Black-water fever - Number 35
Disease focus: Fever
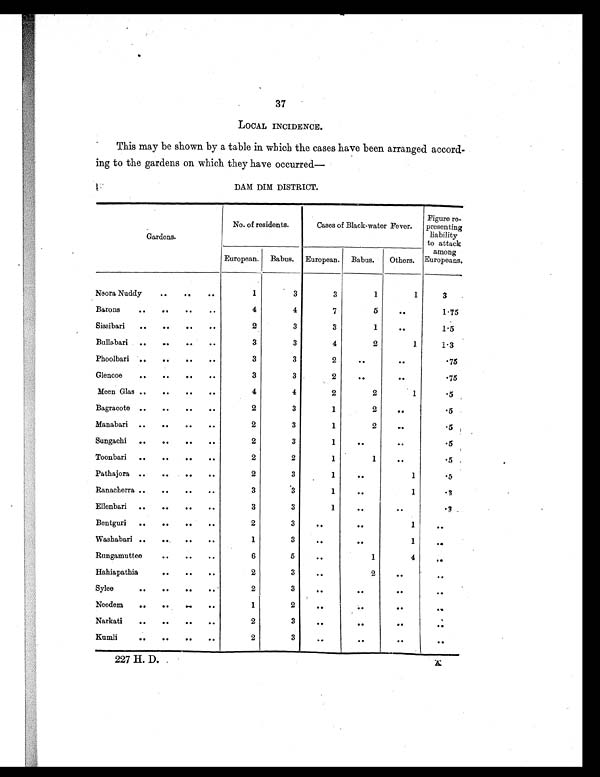
37
LOCAL INCIDENCE.
This may be shown by a table in which the cases have been arranged accord-
ing to the gardens on which they have occurred
—
DAM DIM DISTRICT.
Gardens.
No. of residents.
Cases of Black-water Fever.
Figure re-
presenting
liability
to attack
among
Europeans.
European. Babus. European. Babus.
Others.
Neora Nuddy
. .
. .
. .
1
3
3
1
1
3
Barons
. . .
. .
. .
. .
4
4
7
5
. .
1.75
Sissibari
. .
. .
. .
. .
2
3
3
1
. .
1.5
Bullabari ..
..
. .
. .
3
3
4
2
1
1.3
Phoolbari
. . ..
. .
. .
3
3
2
. .
. .
.75
Glencoe
. .
..
. .
. .
3
3
2
..
. .
.75
Meen Glas ..
..
. .
. .
4
4
2
2
1
.5
Bagracote ..
..
. .
. .
2
3
1
2
..
.5
Manabari ..
. .
. .
. .
2
3
1
2
. .
.5
Sungachi ..
..
. .
. .
2
3
1
..
..
.5
Toonbari ..
. .
. .
. .
2
2
1
1
. .
.5
Pathajora ..
..
. .
. .
2
3
1
. .
1
.5
Ranacherra ..
. .
. .
..
3
3
1
. .
1
.3
Ellenbari ..
..
. .
. .
3
3
1
. .
. .
.3
Bentguri
..
. .
. .
. .
2
3
. . ..
1
. .
Washabari ..
. .
. .
. .
1
3
. .
. .
1
. .
Rungamuttee
. .
. .
. .
6
5
. .
1
4
. .
Hahiapathia
. .
. .
. .
2
3
. .
2
. .
. .
Sylee
. .
. .
..
. .
2
3
. .
. .
. .
. .
Needem
. .
..
..
. .
1
2
. .
..
. .
. .
Narkati
..
. .
..
. .
2
3
. .
. .
. .
. .
Kumli
. .
. .
. .
..
2
3
. .
. .
. .
. .
227 H. D. X